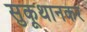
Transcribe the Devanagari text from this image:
सुकूथानकर